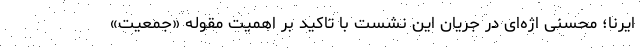
ایرنا؛ محسنی اژه‌ای در جریان این نشست با تاکید بر اهمیت مقوله «جمعیت»